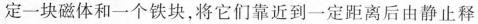
定一块磁体和一个铁块，将它们靠近到一定距离后由静止释